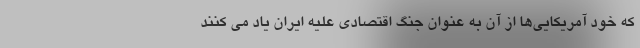
که خود آمریکایی‌ها از آن به عنوان جنگ اقتصادی علیه ایران یاد می کنند